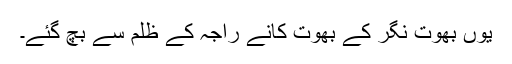
یوں بھوت نگر کے بھوت کانے راجہ کے ظلم سے بچ گئے۔